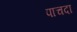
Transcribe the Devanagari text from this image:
पाचदा